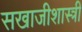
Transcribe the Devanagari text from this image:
सखाजीशास्त्री